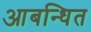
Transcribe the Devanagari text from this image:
आबन्धित